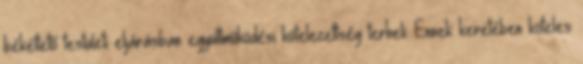
békéltető testületi eljárásban együttműködési kötelezettség terheli. Ennek keretében köteles